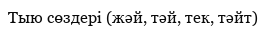
Тыю сөздері (жәй, тәй, тек, тәйт)